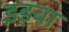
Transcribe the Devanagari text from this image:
इड़वा